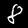
Label: 8